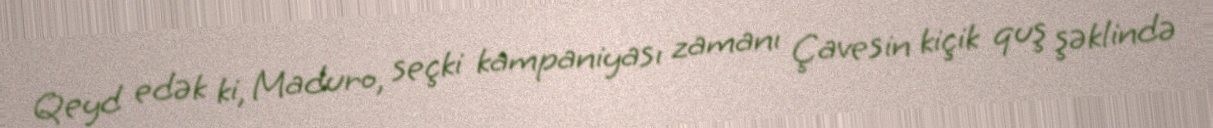
Qeyd edək ki, Maduro, seçki kampaniyası zamanı Çavesin kiçik quş şəklində